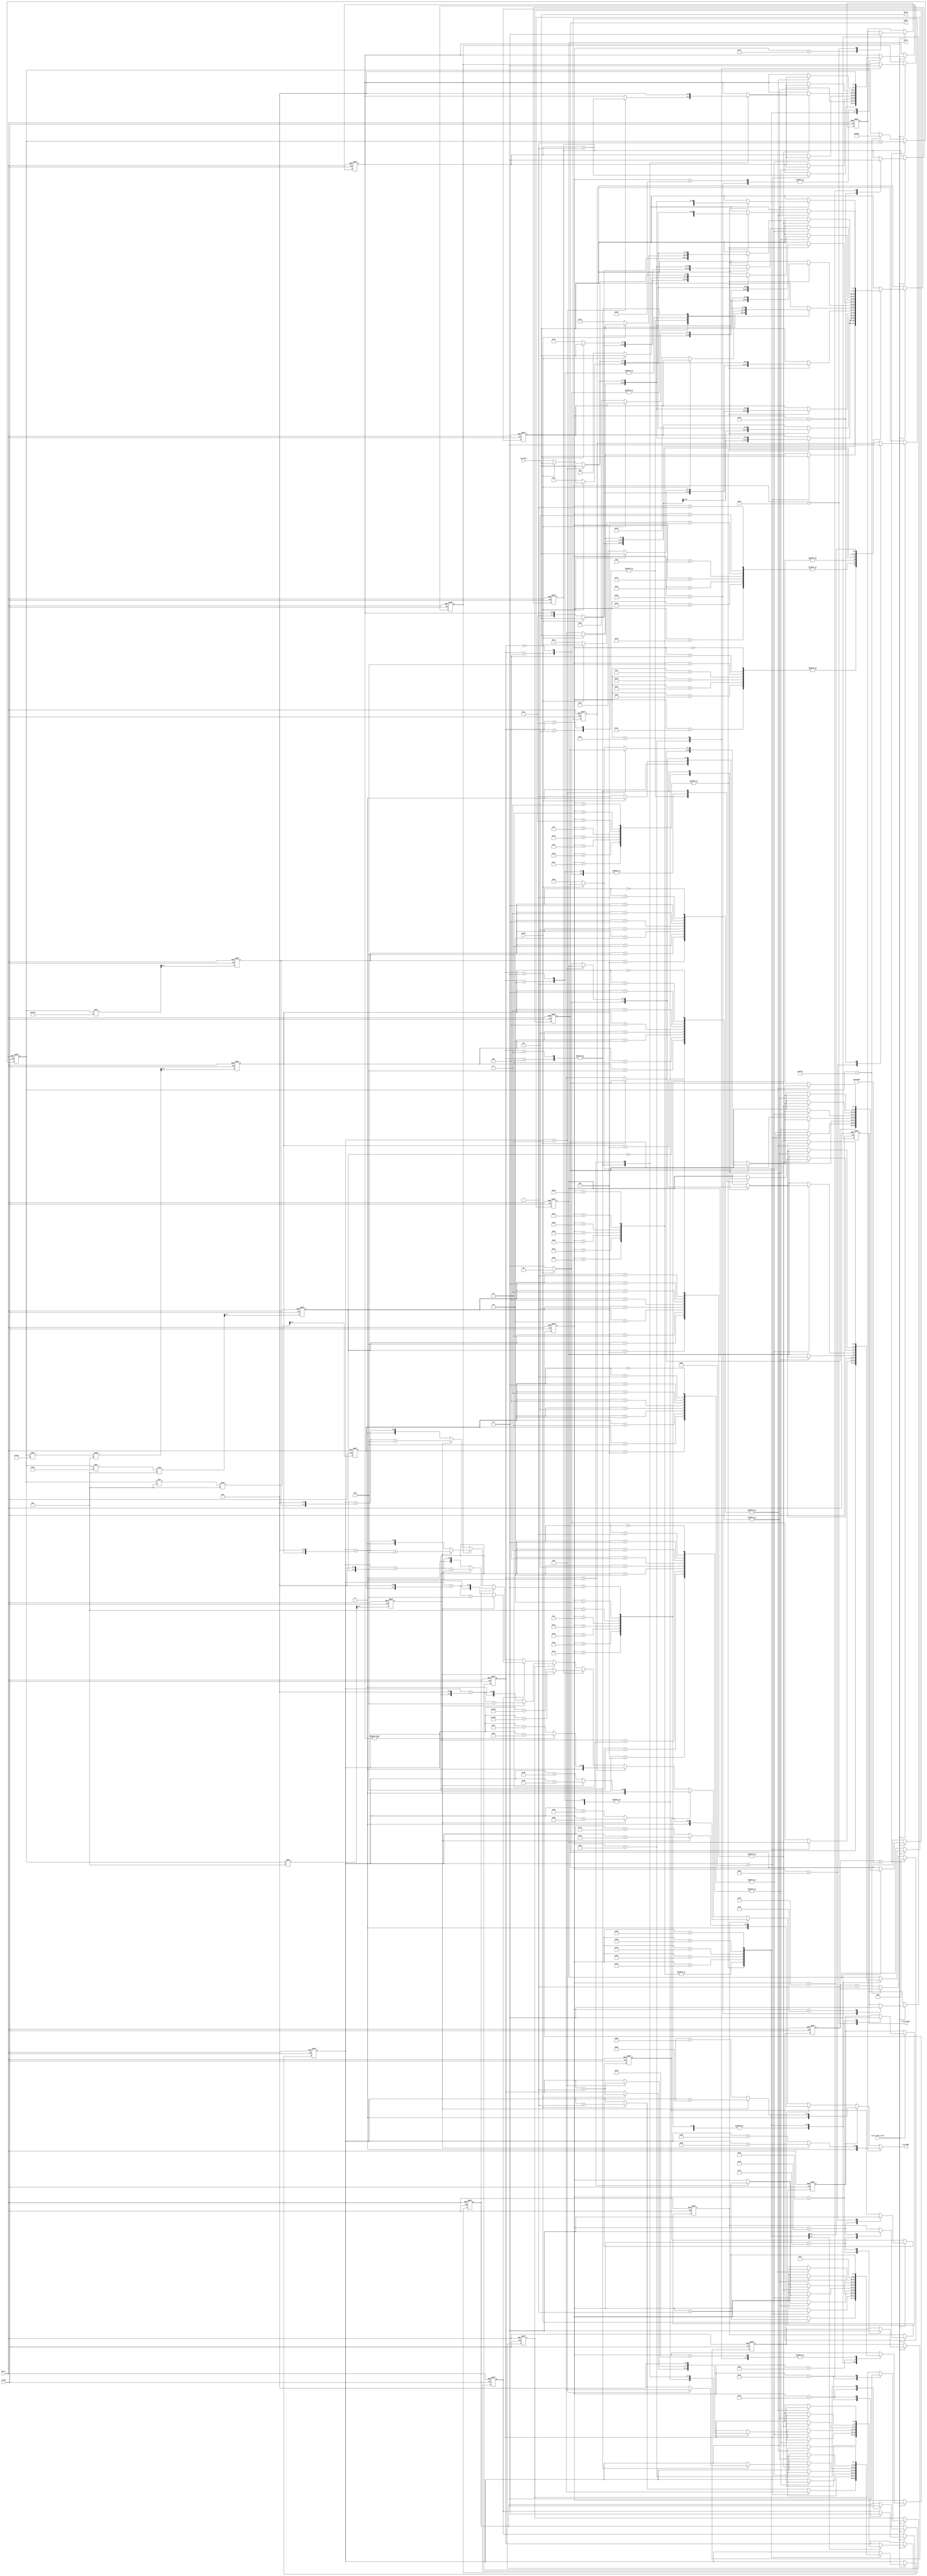
module write_data(
	input CLOCK,
	input RST_n,
	input write_data_start,
	input iDone,
	input [7:0] rom_data,
	
	output [1:0]oCall,
	output write_done,


    output [7:0]oAddr, oData,

	output  [9:0] rom_addr
	
);

parameter     WR_CMD   = 8'b0000_0000;        //写命令控制字write_command
parameter     DATA_CMD = 8'b0100_0000;      //写数据控制字write_data
	reg [7:0]D1,D2;
	reg [7:0] x;
	reg [3:0] y;		
	reg [7:0] i;
	reg [9:0] data;
	reg [1:0]start;
	reg isdone;
	
	reg [27:0] cnt;
	reg [15:0]  num;
	always @(posedge CLOCK or negedge RST_n)
	begin
		if(!RST_n)
		begin
			cnt <= 28'd0;
			num <= 16'd43400;
		end
		else
			if(cnt == 28'h4C4B40)
			begin
				num <= num + 1'b1;
				cnt <= 28'd0;
			end
			else
				if(num == 16'd45000)
					num <= 16'd44000;
				else
					cnt <= cnt + 1'b1;				
	end
//-----------------------------------------------------
	reg [3:0] ge;
	reg [3:0] shi;
	reg [3:0] bai;
	reg [3:0] qian;
	reg [3:0] wan;
	always @(posedge CLOCK or negedge RST_n)
	begin
		if(!RST_n)
		begin
			ge  <= 4'd0;
			shi <= 4'd0;
			bai <= 4'd0;
			qian<= 4'd0;
			wan <= 4'd0;
		end
		else
		begin
			ge  <= num % 10;
			shi <= num / 10    % 10;
			bai <= num / 100   % 10;
			qian<= num / 1000  % 10;
			wan <= num / 10000;
		end
	end
//-----------------------------------------------------	
	reg [3:0] j;
	reg ge_flag, shi_flag, bai_flag, qian_flag, wan_flag;
	reg F_flag, r_flag, e_flag, q_flag, maohao_flag;
	reg H_flag, z_flag;
	
	always @(posedge CLOCK or negedge RST_n)
	begin
		if(!RST_n)
		begin
			i <= 8'd0;
			j <= 4'd0;
			x <= 8'd0;
			y <= 4'd0;
			D1 <= 8'd0;
			D2 <= 8'd0;
//			data <= {2'b11,8'h00};
			start <= 2'b00;
			isdone <= 1'b0;
			F_flag		<= 1'b0;
			r_flag		<= 1'b0;
			e_flag		<= 1'b0;
			q_flag		<= 1'b0;
			maohao_flag	<= 1'b0;
			H_flag      <= 1'b0;
			z_flag      <= 1'b0;
			ge_flag  	<= 1'b0;
			shi_flag 	<= 1'b0;
			bai_flag	<= 1'b0;
			qian_flag	<= 1'b0;
			wan_flag	<= 1'b0;
		end
		else	
		begin
			if(write_data_start)
				case(i)
				
				//----------------------------------------------------
				//清屏
				  8'd0,8'd4,8'd8,8'd12,8'd16,8'd20,8'd24,8'd28:
					if(iDone) 
						begin start <= 2'b00; i <= i + 1'b1; end
					else
						begin start <= 2'b10;D1 <= WR_CMD ; D2 <=  {4'hb,y};  end
				//列高位		
					8'd1,8'd5,8'd9,8'd13,8'd17,8'd21,8'd25,8'd29:
					if(iDone)
						begin start <= 2'b00; i <= i + 1'b1; end
					else
						begin start <= 2'b10;D1 <= WR_CMD ; D2 <=   {4'h1,4'h0};  end
				//列低位
					6'd2,8'd6,8'd10,8'd14,8'd18,8'd22,8'd26,8'd30:
					if(iDone)
						begin start <= 2'b00; i <= i + 1'b1; end
					else
						begin start <= 2'b10;D1 <= WR_CMD ; D2 <=   {4'h0,4'h0};  end

					8'd3,8'd7,8'd11,8'd15,8'd19,8'd23,8'd27,8'd31:
					if(x==8'd128)
						begin y <= y + 1'b1; x <= 8'd0; i <= i + 1'b1; end
					else 
						if(iDone)
							begin start <= 2'b00; x <= x + 1'b1; end
						else	
							begin start <= 2'b10;D1 <= DATA_CMD ; D2 <= 8'd0;  end  
				//---------------------------------------------------------------
						
				8'd32:
					begin y <= 4'h0; i <= i + 1'b1; end
		//----------------------------------------------------------------------------	
				8'd33:
					begin F_flag <= 1'b1; i <= i + 1'b1; end
				8'd34:			//'F'
					case(j)
				//设置页地址			
							6'd0,6'd4:
								if(iDone) 
									begin start <= 2'b00; j <= j + 1'b1; end
								else
									begin start <= 2'b10;D1 <= WR_CMD ; D2 <=  {4'hb,y};  end
				//高地址	
							6'd1,6'd5:
								if(iDone)
									begin start <= 2'b00; j <= j + 1'b1; end
								else
									begin start <= 2'b10;D1 <= WR_CMD ; D2 <=  {4'h1,4'h0};  end
				//低地址	
							6'd2,6'd6:
								if(iDone)
									begin start <= 2'b00; j <= j + 1'b1; end
								else
									begin start <= 2'b10;D1 <= WR_CMD ; D2 <=  {4'h0,4'h0};  end
				//填充8次		
							6'd3,6'd7:
								if(x==8'd7)
									begin y <= y + 1'b1; x <= 8'd0; j <= j + 1'b1; end
								else 
									if(iDone)
										begin start <= 2'b00; x <= x + 1'b1; end
									else	
										begin start <= 2'b10;D1 <= DATA_CMD ; D2 <= rom_data;  end
							6'd8:
								begin y <= 4'h0; j <= 6'd0;  i <= i + 1'b1; end
							endcase
				8'd35:
					begin F_flag <= 1'b0; r_flag <= 1'b1; i <= i + 1'b1; end 
				8'd36:			//'r'
					case(j)
				//设置页地址			
							6'd0,6'd4:
								if(iDone) 
									begin start <= 2'b00; j <= j + 1'b1; end
								else
									begin start <= 2'b10;D1 <= WR_CMD; D2 <= {4'hb,y};  end
				//高地址	
							6'd1,6'd5:
								if(iDone)
									begin start <= 2'b00; j <= j + 1'b1; end
								else
									begin start <= 2'b10;D1 <= WR_CMD; D2 <= {4'h1,4'h0};  end
				//低地址	
							6'd2,6'd6:
								if(iDone)
									begin start <=2'b00; j <= j + 1'b1; end
								else
									begin start <= 2'b10;D1 <= WR_CMD; D2 <= {4'h0,4'h8};  end
				//填充8次		
							6'd3,6'd7:
								if(x==8'd7)
									begin y <= y + 1'b1; x <= 8'd0; j <= j + 1'b1; end
								else 
									if(iDone)
										begin start <= 2'b00; x <= x + 1'b1; end
									else	
										begin start <= 2'b10;D1 <= DATA_CMD ; D2 <= rom_data;  end
							6'd8:
								begin y <= 4'h0; j <= 6'd0;  i <= i + 1'b1; end
							endcase
				8'd37:
					begin r_flag <= 1'b0; e_flag <= 1'b1; i <= i + 1'b1; end 
				8'd38:			//'e'
					case(j)
				//设置页地址			
							6'd0,6'd4:
								if(iDone) 
									begin start <= 2'b00; j <= j + 1'b1; end
								else
									begin start <= 2'b10;D1 <= WR_CMD; D2 <= {4'hb,y};  end
				//高地址	
							6'd1,6'd5:
								if(iDone)
									begin start <= 2'b00; j <= j + 1'b1; end
								else
									begin start <= 2'b10;D1 <= WR_CMD; D2 <= {4'h1,4'h1};  end
				//低地址	
							6'd2,6'd6:
								if(iDone)
									begin start <= 2'b00; j <= j + 1'b1; end
								else
									begin start <= 2'b10;D1 <= WR_CMD; D2 <= {4'h0,4'h0};  end
				//填充8次		
							6'd3,6'd7:
								if(x==8'd7)
									begin y <= y + 1'b1; x <= 8'd0; j <= j + 1'b1; end
								else 
									if(iDone)
										begin start <= 2'b00; x <= x + 1'b1; end
									else	
										begin start <= 2'b10;D1 <= DATA_CMD ; D2 <= rom_data;  end
							6'd8:
								begin y <= 4'h0; j <= 6'd0;  i <= i + 1'b1; end
							endcase
				8'd39:			
					begin e_flag <= 1'b0; q_flag <= 1'b1; i <= i + 1'b1; end 
				8'd40:			//'q'
					case(j)
				//设置页地址			
							6'd0,6'd4:
								if(iDone) 
									begin start <= 2'b00; j <= j + 1'b1; end
								else
									begin start <= 2'b10;D1 <= WR_CMD; D2 <= {4'hb,y};  end
				//高地址	
							6'd1,6'd5:
								if(iDone)
									begin start <= 2'b00; j <= j + 1'b1; end
								else
									begin start <= 2'b10;D1 <= WR_CMD; D2 <= {4'h1,4'h1};  end
				//低地址	
							6'd2,6'd6:
								if(iDone)
									begin start <= 2'b00; j <= j + 1'b1; end
								else
									begin start <= 2'b10;D1 <= WR_CMD; D2 <= {4'h0,4'h8};  end
				//填充8次		
							6'd3,6'd7:
								if(x==8'd7)
									begin y <= y + 1'b1; x <= 8'd0; j <= j + 1'b1; end
								else 
									if(iDone)
										begin start <= 2'b00; x <= x + 1'b1; end
									else	
										begin start <= 2'b10;D1 <= DATA_CMD ; D2 <= rom_data;  end
							6'd8:
								begin y <= 4'h0; j <= 6'd0;  i <= i + 1'b1; end
							endcase
				8'd41:
					begin q_flag <= 1'b0; maohao_flag <= 1'b1; i <= i + 1'b1; end 
				8'd42:			//':'
					case(j)
				//设置页地址			
							6'd0,6'd4:
								if(iDone) 
									begin start <= 2'b00; j <= j + 1'b1; end
								else
									begin start <= 2'b10;D1 <= WR_CMD; D2 <= {4'hb,y};  end
				//高地址	
							6'd1,6'd5:
								if(iDone)
									begin start <= 2'b00; j <= j + 1'b1; end
								else
									begin start <= 2'b10;D1 <= WR_CMD; D2 <={4'h1,4'h2};  end
				//低地址	
							6'd2,6'd6:
								if(iDone)
									begin start <= 2'b0; j <= j + 1'b1; end
								else
									begin start <= 2'b10;D1 <= WR_CMD; D2 <= {4'h0,4'h0};  end
				//填充8次		
							6'd3,6'd7:
								if(x==8'd7)
									begin y <= y + 1'b1; x <= 8'd0; j <= j + 1'b1; end
								else 
									if(iDone)
										begin start <= 2'b00; x <= x + 1'b1; end
									else	
										begin start <= 2'b10;D1 <= DATA_CMD ; D2 <= rom_data;  end
							6'd8:
								begin y <= 4'h0; j <= 6'd0;  i <= i + 1'b1; end
							endcase
				8'd43:
					begin maohao_flag <= 1'b0; H_flag <= 1'b1; i <= i + 1'b1; end 
				8'd44:			//'H'
					case(j)
				//设置页地址			
							6'd0,6'd4:
								if(iDone) 
									begin start <= 2'b00; j <= j + 1'b1; end
								else
									begin start <= 2'b10;D1 <= WR_CMD; D2 <= {4'hb,y};  end
				//高地址	
							6'd1,6'd5:
								if(iDone)
									begin start <= 2'b00; j <= j + 1'b1; end
								else
									begin start <= 2'b10;D1 <= WR_CMD; D2 <= {4'h1,4'h5};  end
				//低地址	
							6'd2,6'd6:
								if(iDone)
									begin start <= 2'b00; j <= j + 1'b1; end
								else
									begin start <= 2'b10;D1 <= WR_CMD; D2 <= {4'h0,4'h0};  end
				//填充8次		
							6'd3,6'd7:
								if(x==8'd7)
									begin y <= y + 1'b1; x <= 8'd0; j <= j + 1'b1; end
								else 
									if(iDone)
										begin start <= 1'b0; x <= x + 1'b1; end
									else	
										begin start <= 2'b10;D1 <= DATA_CMD ; D2 <=rom_data;  end
							6'd8:
								begin y <= 4'h0; j <= 6'd0;  i <= i + 1'b1; end
							endcase
				8'd45:
					begin H_flag <= 1'b0; z_flag <= 1'b1; i <= i + 1'b1; end 	
				8'd46:			//'z'
					case(j)
				//设置页地址			
							6'd0,6'd4:
								if(iDone) 
									begin start <= 2'b00; j <= j + 1'b1; end
								else
									begin start <= 2'b10;D1 <= WR_CMD; D2 <= {4'hb,y};  end
				//高地址	
							6'd1,6'd5:
								if(iDone)
									begin start <= 2'b00; j <= j + 1'b1; end
								else
									begin start <= 2'b10;D1 <= WR_CMD; D2 <= {4'h1,4'h5};  end
				//低地址	
							6'd2,6'd6:
								if(iDone)
									begin start <= 2'b00; j <= j + 1'b1; end
								else
									begin start <= 2'b10; D1 <= WR_CMD; D2 <= {4'h0,4'h8}; end
				//填充8次		
							6'd3,6'd7:
								if(x==8'd7)
									begin y <= y + 1'b1; x <= 8'd0; j <= j + 1'b1; end
								else 
									if(iDone)
										begin start <= 2'b00; x <= x + 1'b1; end
									else	
										begin start <= 2'b10; D1 <= DATA_CMD ; D2 <= rom_data; end
							6'd8:
								begin y <= 4'h0; j <= 6'd0;  i <= i + 1'b1; end
							endcase
				8'd47:
					begin z_flag <= 1'b0; ge_flag <= 1'b1; i <= i + 1'b1; end 	
				8'd48:
					case(ge)	
						4'd0,4'd1,4'd2,4'd3,4'd4,4'd5,4'd6,4'd7,4'd8,4'd9:
							case(j)
				//设置页地址			
							6'd0,6'd4:
								if(iDone) 
									begin start <= 2'b00; j <= j + 1'b1; end
								else
									begin start <= 2'b10;D1 <= WR_CMD; D2 <= {4'hb,y};  end
				//高地址	
							6'd1,6'd5:
								if(iDone)
									begin start <= 2'b00; j <= j + 1'b1; end
								else
									begin start <= 2'b10;D1 <= WR_CMD; D2 <={4'h1,4'h4};  end
				//低地址	
							6'd2,6'd6:
								if(iDone)
									begin start <= 2'b00; j <= j + 1'b1; end
								else
									begin start <= 2'b10;D1 <= WR_CMD; D2 <= {4'h0,4'h6};  end
				//填充8次		
							6'd3,6'd7:
								if(x==8'd7)
									begin y <= y + 1'b1; x <= 8'd0; j <= j + 1'b1; end
								else 
									if(iDone)
										begin start <= 2'b00; x <= x + 1'b1; end
									else	
										begin start <= 2'b10;D1 <= DATA_CMD ; D2 <= rom_data;  end
							6'd8:
								begin y <= 4'h0; j <= 6'd0; i <= i + 1'b1; end
							endcase
						default: ;
					endcase
				8'd49:
					begin ge_flag <= 1'b0; shi_flag <= 1'b1; i <= i + 1'b1; end
		//-------------------------------------------------------------------------------------			
				8'd50:
					case(shi)	
						4'd0,4'd1,4'd2,4'd3,4'd4,4'd5,4'd6,4'd7,4'd8,4'd9:
							case(j)
				//设置页地址
							6'd0,6'd4:
								if(iDone) 
									begin start <= 2'b00; j <= j + 1'b1; end
								else
									begin start <= 2'b10;D1 <= WR_CMD; D2 <= {4'hb,y};  end
				//高地址	
							6'd1,6'd5:
								if(iDone)
									begin start <= 2'b00; j <= j + 1'b1; end
								else
									begin start <= 2'b10;D1 <= WR_CMD; D2 <= {4'h1,4'h4};  end
				//低地址	
							6'd2,6'd6:
								if(iDone)
									begin start <= 2'b00; j <= j + 1'b1; end
								else
									begin start <= 2'b10;D1 <= WR_CMD; D2 <={4'h0,4'h0};  end
				//填充8次		
							6'd3,6'd7:
								if(x==8'd7)
									begin y <= y + 1'b1; x <= 8'd0; j <= j + 1'b1; end
								else 
									if(iDone)
										begin start <= 2'b00; x <= x + 1'b1; end
									else	
										begin start <= 2'b10;D1 <= DATA_CMD ; D2 <= rom_data;  end
							6'd8:
								begin y <= 4'h0; j <= 6'd0; i <= i + 1'b1; end								
							endcase
						default: ;
					endcase
				8'd51:
					begin shi_flag <= 1'b0; bai_flag <= 1'b1; i <= i + 1'b1; end
				8'd52:
					case(bai)	
						4'd0,4'd1,4'd2,4'd3,4'd4,4'd5,4'd6,4'd7,4'd8,4'd9:
							case(j)
				//设置页地址
							6'd0,6'd4:
								if(iDone) 
									begin start <= 2'b00; j <= j + 1'b1; end
								else
									begin start <= 2'b10;D1 <= WR_CMD; D2 <= {4'hb,y};  end
				//高地址	
							6'd1,6'd5:
								if(iDone)
									begin start <=2'b00; j <= j + 1'b1; end
								else
									begin start <= 2'b101;D1 <= WR_CMD; D2 <= {4'h1,4'h3};  end
				//低地址	
							6'd2,6'd6:
								if(iDone)
									begin start <= 2'b00; j <= j + 1'b1; end
								else
									begin start <= 2'b10; D1 <= WR_CMD; D2 <= {4'h0,4'h8};  end
				//填充8次		
							6'd3,6'd7:
								if(x==8'd7)
									begin y <= y + 1'b1; x <= 8'd0; j <= j + 1'b1; end
								else 
									if(iDone)
										begin start <= 2'b00; x <= x + 1'b1; end
									else	
										begin start <= 2'b10;D1 <= DATA_CMD ; D2 <= rom_data;  end
							6'd8:
								begin y <= 4'h0; j <= 6'd0; i <= i + 1'b1; end								
							endcase
						default: ;
					endcase
				8'd53:
					begin bai_flag <= 1'b0; qian_flag <= 1'b1; i <= i + 1'b1; end
				8'd54:
					case(qian)	
						4'd0,4'd1,4'd2,4'd3,4'd4,4'd5,4'd6,4'd7,4'd8,4'd9:
							case(j)
				//设置页地址
							6'd0,6'd4:
								if(iDone) 
									begin start <= 2'b00; j <= j + 1'b1; end
								else
									begin start <= 2'b10;D1 <= WR_CMD; D2 <= {4'hb,y};  end
				//高地址	
							6'd1,6'd5:
								if(iDone)
									begin start <= 2'b00; j <= j + 1'b1; end
								else
									begin start <= 2'b10;D1 <= WR_CMD; D2 <= {4'h1,4'h3};  end
				//低地址	
							6'd2,6'd6:
								if(iDone)
									begin start <= 2'b00; j <= j + 1'b1; end
								else
									begin start <= 2'b10;D1 <= WR_CMD; D2 <= {4'h0,4'h0};  end
				//填充8次		
							6'd3,6'd7:
								if(x==8'd7)
									begin y <= y + 1'b1; x <= 8'd0; j <= j + 1'b1; end
								else 
									if(iDone)
										begin start <= 2'b00; x <= x + 1'b1; end
									else	
										begin start <= 2'b10;D1 <= DATA_CMD ; D2 <= rom_data;  end
							6'd8:
								begin y <= 4'h0; j <= 6'd0; i <= i + 1'b1; end								
							endcase
						default: ;
					endcase
				8'd55:
					begin qian_flag <= 1'b0; wan_flag <= 1'b1; i <= i + 1'b1; end
				8'd56:
					case(wan)	
						4'd0,4'd1,4'd2,4'd3,4'd4,4'd5,4'd6,4'd7,4'd8,4'd9:
							case(j)
				//设置页地址
							6'd0,6'd4:
								if(iDone) 
									begin start <= 2'b00; j <= j + 1'b1; end
								else
									begin start <= 2'b10;D1 <= WR_CMD; D2 <= {4'hb,y};  end
				//高地址	
							6'd1,6'd5:
								if(iDone)
									begin start <= 2'b00; j <= j + 1'b1; end
								else
									begin start <= 2'b10;D1 <= WR_CMD; D2 <= {4'h1,4'h2};  end
				//低地址	
							6'd2,6'd6:
								if(iDone)
									begin start <= 2'b00; j <= j + 1'b1; end
								else
									begin start <= 2'b10;D1 <= WR_CMD; D2 <= {4'h0,4'h8};  end
				//填充8次		
							6'd3,6'd7:
								if(x==8'd7)
									begin y <= y + 1'b1; x <= 8'd0; j <= j + 1'b1; end
								else 
									if(iDone)
										begin start <= 2'b00; x <= x + 1'b1; end
									else	
										begin start <= 2'b10;D1 <= DATA_CMD ; D2 <= rom_data;  end
							6'd8:
								begin y <= 4'h0; j <= 6'd0; i <= i + 1'b1; end								
							endcase
						default: ;
					endcase
				8'd57:
					begin wan_flag <= 1'b0;  i <= i + 1'b1; end			
				8'd58:
					i <= 6'd47;
				8'd59:
						begin data <= 8'd00; y <= 4'd0; isdone <= 1'b1; i <= i + 1'b1; end
				8'd60:
						begin isdone <= 1'b0; i <= i; end	//6'd33
				endcase		
		end
	end
	
	assign rom_addr = 	F_flag  ? (y ? (x + 8'd168) : (x + 8'd160)) : //F
						(r_flag ? (y ? (x + 8'd184) : (x + 8'd176)) : 
						(e_flag ? (y ? (x + 8'd200) : (x + 8'd192)) : 
						(q_flag ? (y ? (x + 8'd216) : (x + 8'd208)) : 
						(maohao_flag ? (y ? (x + 8'd232) : (x + 8'd224)) :
						(H_flag ? (y ? (x + 8'd248) : (x + 8'd240))	:
						(z_flag ? (y ? (x + 12'd264) : (x + 12'd256))	:
						(ge_flag   ? (y ?  (x + (ge   << 4) + 4'd8) : (x + (ge   << 4))): 
						(shi_flag  ? (y ?  (x + (shi  << 4) + 4'd8) : (x + (shi  << 4))):
						(bai_flag  ? (y ?  (x + (bai  << 4) + 4'd8) : (x + (bai  << 4))):
						(qian_flag ? (y ?  (x + (qian << 4) + 4'd8) : (x + (qian << 4))):
						(y ? (x + (wan << 4) + 4'd8) : (x + (wan << 4))))))))))))); 
						
	assign write_done = isdone;
		  assign oAddr = D1;
	  assign oData = D2;
	//assign spi_data = data;
	assign oCall = start;
	
endmodule